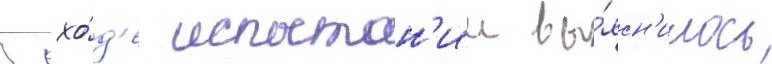
В хо́д'е испытан'ии вы́ясн'илось